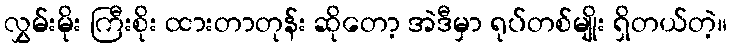
လွှမ်းမိုး ကြီးစိုး ထားတာတုန်း ဆိုတော့ အဲဒီမှာ ရုပ်တစ်မျိုး ရှိတယ်တဲ့။